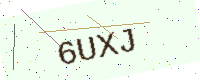
Text: 6UXJ